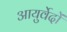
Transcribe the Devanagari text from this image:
आयुर्वेदों